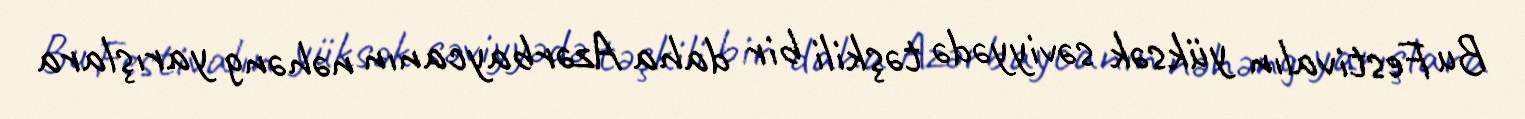
Bu Festivalın yüksək səviyyədə təşkili bir daha Azərbaycanın nəhəng yarışlara